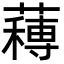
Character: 𮑼